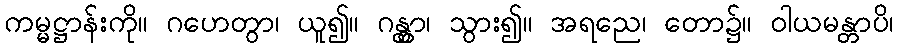
ကမ္မဋ္ဌာန်းကို။ ဂဟေတွာ၊ ယူ၍။ ဂန္တွာ၊ သွား၍။ အရညေ၊ တော၌။ ဝါယမန္တာပိ၊